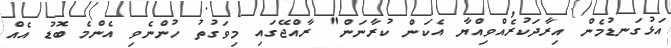
އަޅުގަނޑުމެން އިރާދަކުރެއްވިއްޔާ އެކަން ކުރާނަން" ރާއްޖޭގައި މިވަގުތު ހުންނެވި އެންމެ ބޮޑު އެއް